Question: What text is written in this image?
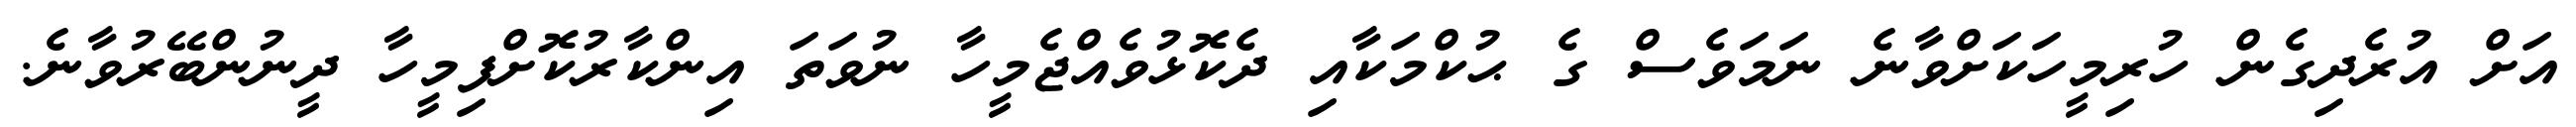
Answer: އަށް އުރެދިގެން ހުރިމީހަކަށްވާނެ ނަމަވެސް ގެ ޙުކްމަކާއި ދެކޮޅުވެއްޖެމީހާ ނުވަތަ އިންކާރުކޮށްފިމީހާ ދީނުންބޭރުވާނެ.